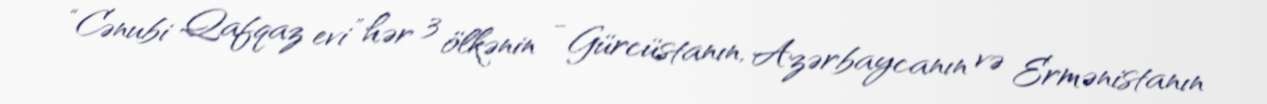
“Cənubi Qafqaz evi” hər 3 ölkənin - Gürcüstanın, Azərbaycanın və Ermənistanın